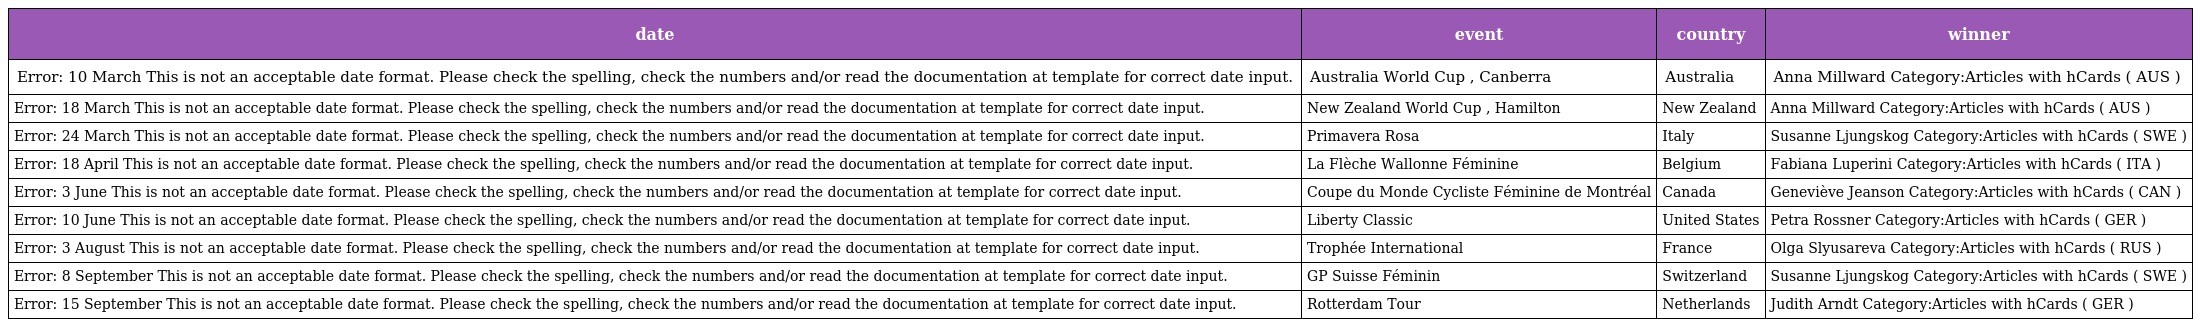
| date | event | country | winner |
 | --- | --- | --- | --- |
 | Error: 10 March This is not an acceptable date format. Please check the spelling, check the numbers and/or read the documentation at template for correct date input. | Australia World Cup , Canberra | Australia | Anna Millward Category:Articles with hCards ( AUS ) |
 | Error: 18 March This is not an acceptable date format. Please check the spelling, check the numbers and/or read the documentation at template for correct date input. | New Zealand World Cup , Hamilton | New Zealand | Anna Millward Category:Articles with hCards ( AUS ) |
 | Error: 24 March This is not an acceptable date format. Please check the spelling, check the numbers and/or read the documentation at template for correct date input. | Primavera Rosa | Italy | Susanne Ljungskog Category:Articles with hCards ( SWE ) |
 | Error: 18 April This is not an acceptable date format. Please check the spelling, check the numbers and/or read the documentation at template for correct date input. | La Flèche Wallonne Féminine | Belgium | Fabiana Luperini Category:Articles with hCards ( ITA ) |
 | Error: 3 June This is not an acceptable date format. Please check the spelling, check the numbers and/or read the documentation at template for correct date input. | Coupe du Monde Cycliste Féminine de Montréal | Canada | Geneviève Jeanson Category:Articles with hCards ( CAN ) |
 | Error: 10 June This is not an acceptable date format. Please check the spelling, check the numbers and/or read the documentation at template for correct date input. | Liberty Classic | United States | Petra Rossner Category:Articles with hCards ( GER ) |
 | Error: 3 August This is not an acceptable date format. Please check the spelling, check the numbers and/or read the documentation at template for correct date input. | Trophée International | France | Olga Slyusareva Category:Articles with hCards ( RUS ) |
 | Error: 8 September This is not an acceptable date format. Please check the spelling, check the numbers and/or read the documentation at template for correct date input. | GP Suisse Féminin | Switzerland | Susanne Ljungskog Category:Articles with hCards ( SWE ) |
 | Error: 15 September This is not an acceptable date format. Please check the spelling, check the numbers and/or read the documentation at template for correct date input. | Rotterdam Tour | Netherlands | Judith Arndt Category:Articles with hCards ( GER ) |